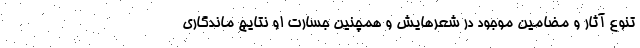
تنوع آثار و مضامین موجود در شعرهایش و همچنین جسارت او نتایج ماندگاری